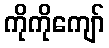
ကိုကိုကျော်